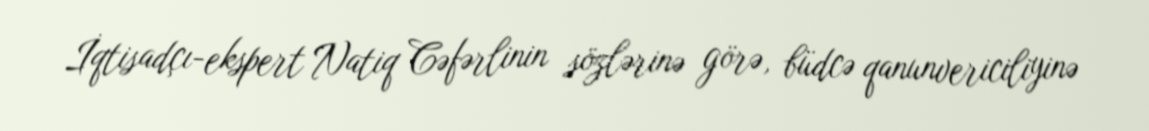
İqtisadçı-ekspert Natiq Cəfərlinin sözlərinə görə, büdcə qanunvericiliyinə